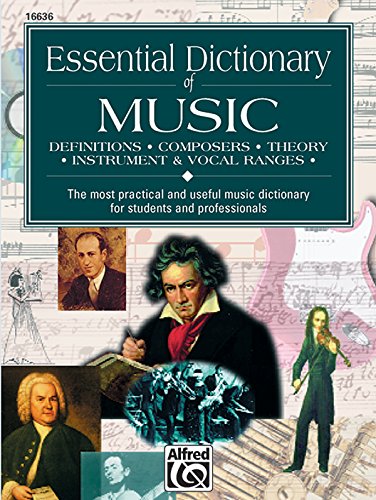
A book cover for Essential Dictionary of Music: Pocket Size Book (Essential Dictionary Series); Lindsey C. Harnsberger; Reference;